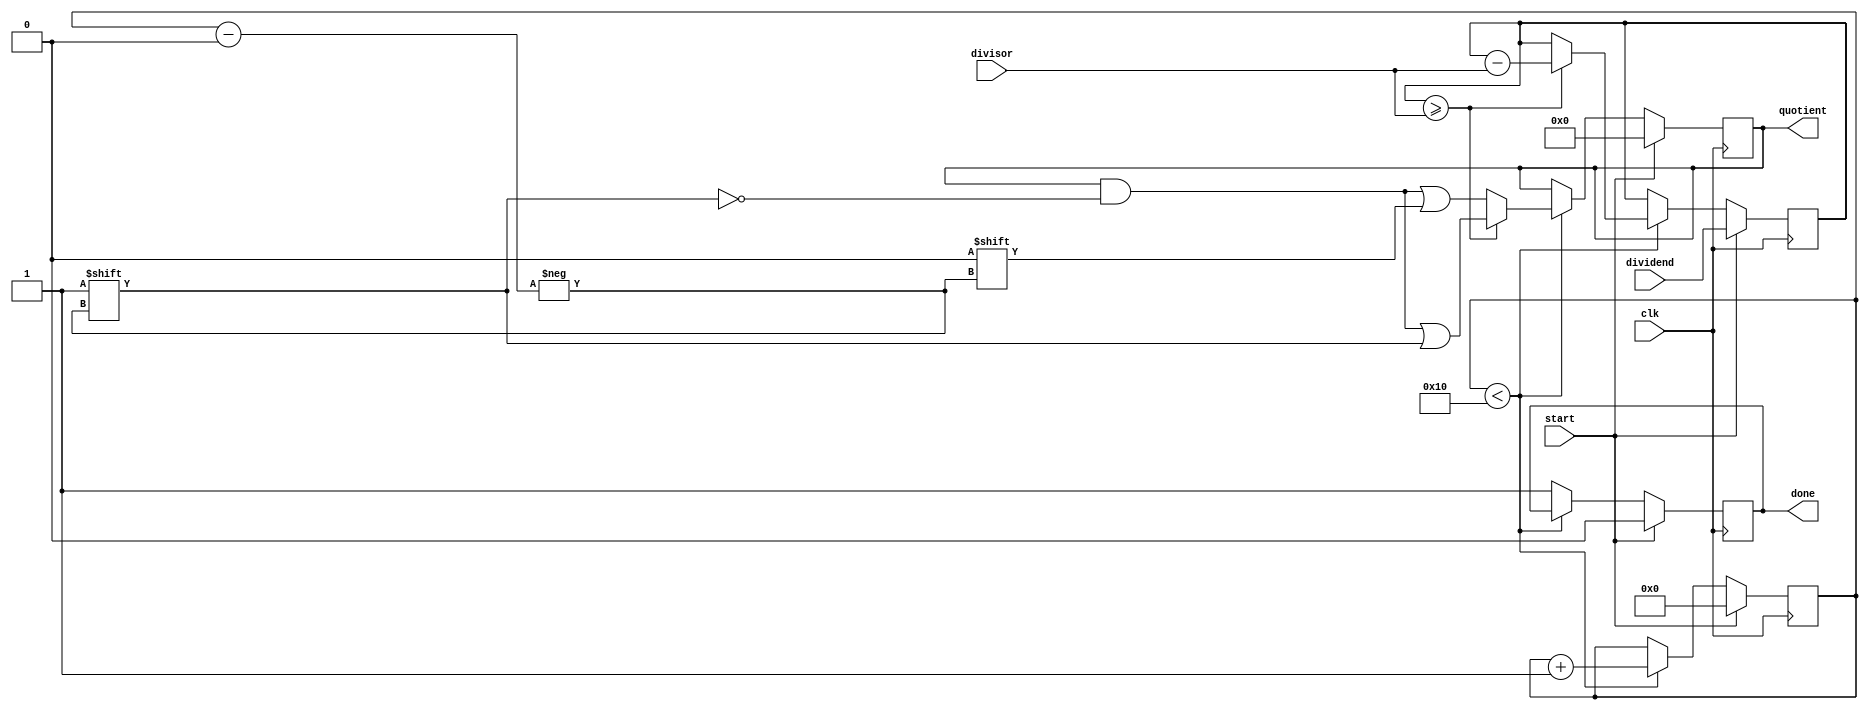
module Asynchronous_Divider (
    input wire clk,
    input wire start,
    input wire [15:0] dividend,
    input wire [15:0] divisor,
    output reg [15:0] quotient,
    output reg done
);

reg [15:0] remainder;
reg [5:0] count;

always @(posedge clk) begin
    if (start) begin
        count <= 0;
        quotient <= 0;
        remainder <= dividend;
        done <= 0;
    end else if (count < 16) begin
        if (remainder >= divisor) begin
            remainder <= remainder - divisor;
            quotient[count] <= 1;
        end else begin
            quotient[count] <= 0;
        end
        count <= count + 1;
    end else begin
        done <= 1;
    end
end

endmodule